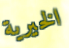
الخيرية